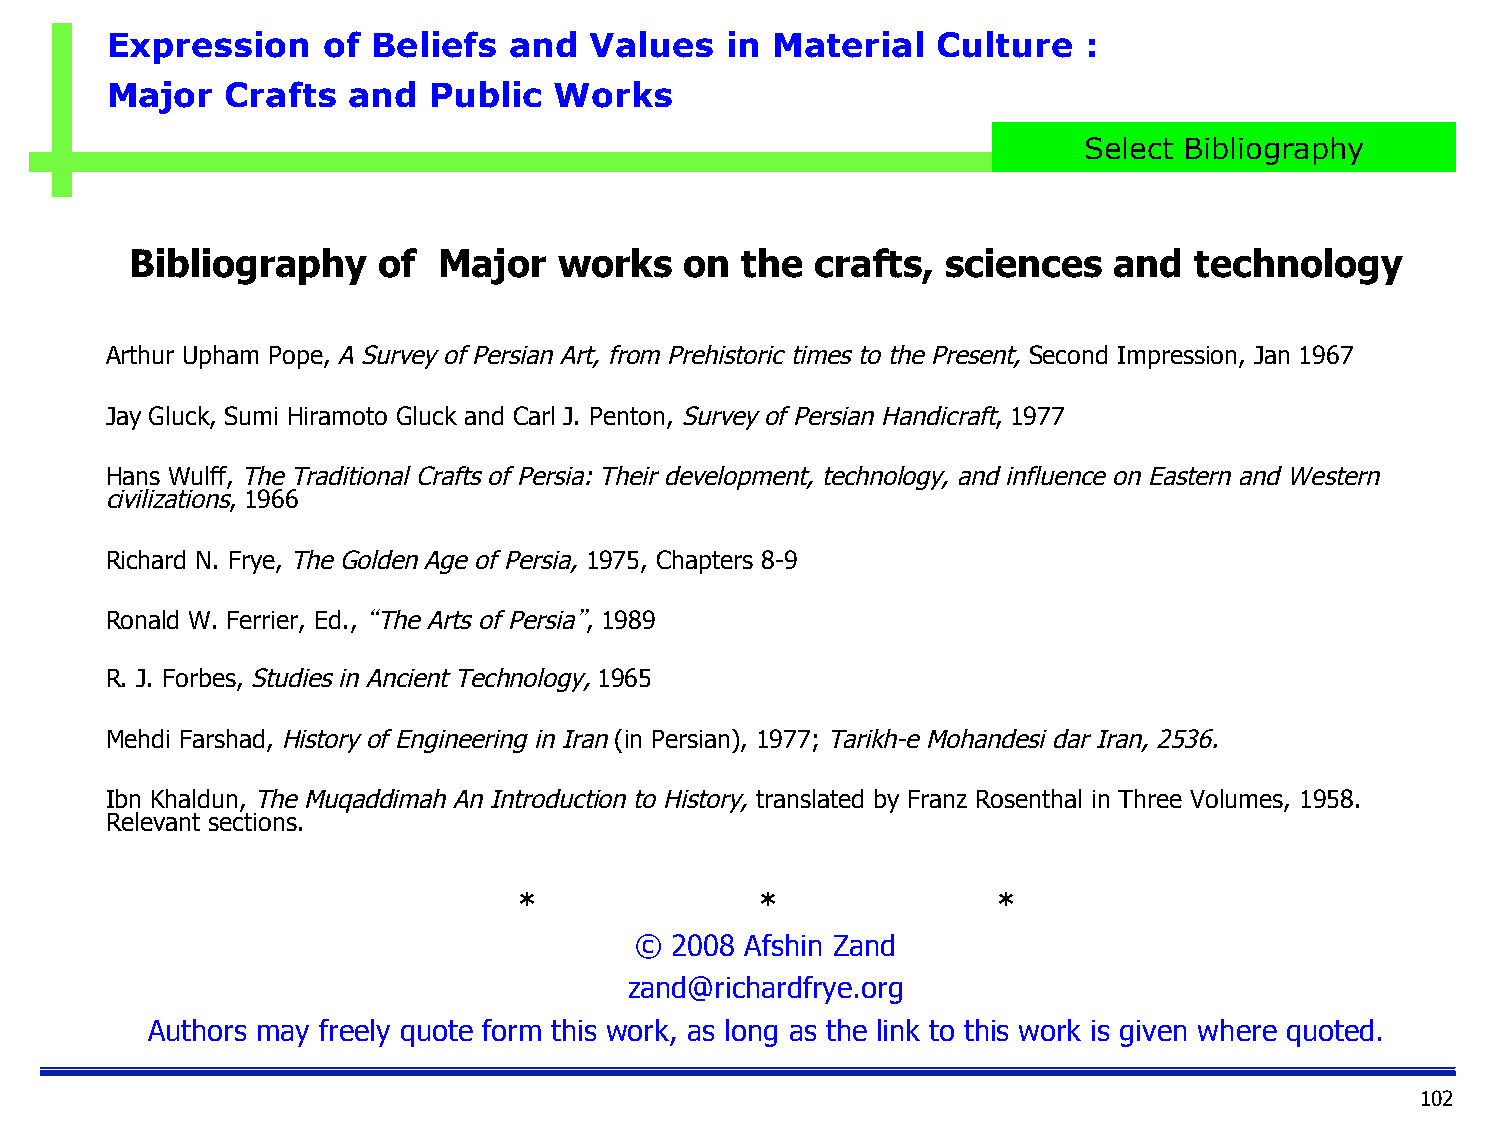
Expression    of  Beliefs  and  Values   in Material   Culture   :
 Major   Crafts  and  Public   Works
 Select Bibliography
 Bibliography    of  Major   works   on  the  crafts,  sciences   and  technology
 Arthur Upham Pope, A Survey of Persian Art, from Prehistoric times to the Present, Second Impression, Jan 1967
 Jay Gluck, Sumi Hiramoto Gluck and Carl J. Penton, Survey of Persian Handicraft, 1977
 Hans Wulff, The Traditional Crafts of Persia: Their development, technology, and influence on Eastern and Western
 civilizations, 1966
 Richard N. Frye, The Golden Age of Persia, 1975, Chapters 8-9
 Ronald W. Ferrier, Ed., “The Arts of Persia”, 1989
 R. J. Forbes, Studies in Ancient Technology, 1965
 Mehdi Farshad, History of Engineering in Iran (in Persian), 1977; Tarikh-e Mohandesi dar Iran, 2536.
 Ibn Khaldun, The Muqaddimah An Introduction to History, translated by Franz Rosenthal in Three Volumes, 1958.
 Relevant sections.
 *               *               *
 © 2008 Afshin Zand
 zand@richardfrye.org
 Authors may freely quote form this work, as long as the link to this work is given where quoted.
 102